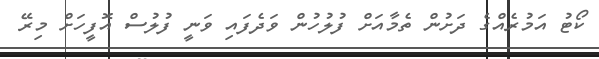
ކޯޓު އަމުރެއްގެ ދަށުން ތެމާއަށް ފުލުހުން ވަދެފައި ވަނީ ފުލުސް އޮފީހަށް މިރޭ